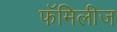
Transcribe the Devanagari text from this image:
फॅमिलीज